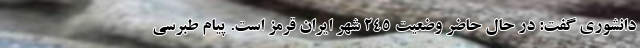
دانشوری گفت: در حال حاضر وضعیت ۲۴۵ شهر ایران قرمز است. پیام طبرسی